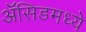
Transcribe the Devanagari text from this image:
ॲसिडमध्ये